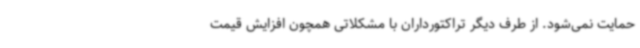
حمایت نمی‌شود. از طرف دیگر تراکتورداران با مشکلاتی همچون افزایش قیمت